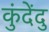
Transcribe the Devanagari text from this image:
कुंदेंदु